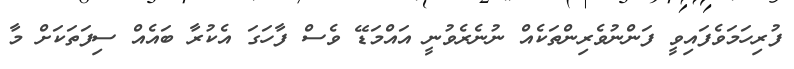
ފުރިހަމަވެފައިވީ ފަންނުވެރިންތަކެއް ނުނެރެވުނީ އައްމަޑޭ ވެސް ފާހަގަ އެކުރާ ބައެއް ސިފަތަކަށް މާ